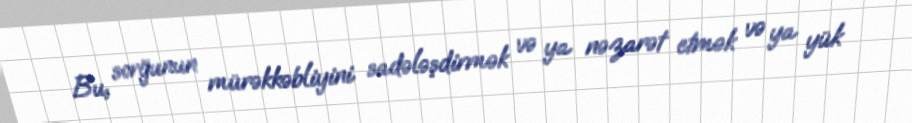
Bu, sorğunun mürəkkəbliyini sadələşdirmək və ya nəzarət etmək və ya yük